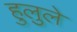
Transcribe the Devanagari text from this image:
हुलुले